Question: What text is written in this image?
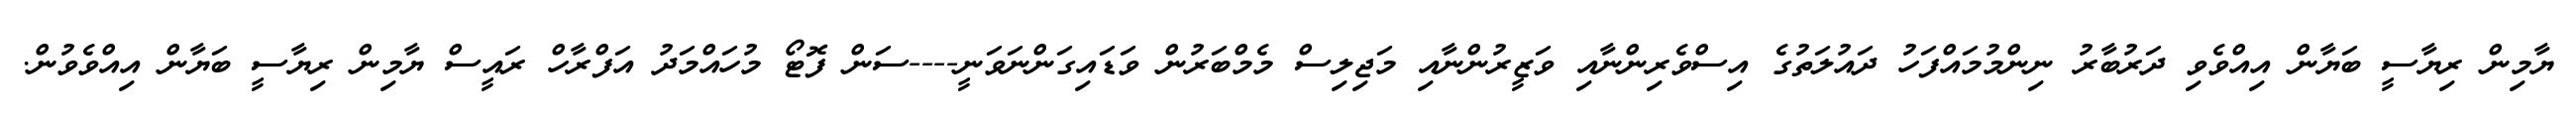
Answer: ޔާމިން ރިޔާސީ ބަޔާން އިއްވެވި ދަރުބާރު ނިންމުމައްފަހު ދައުލަތުގެ އިސްވެރިންނާއި ވަޒީރުންނާއި މަޖިލިސް މެމްބަރުން ވަޑައިގަންނަވަނީ----ސަން ފޮޓޯ މުހައްމަދު އަފްރާހް ރައީސް ޔާމިން ރިޔާސީ ބަޔާން އިއްވެވުން.